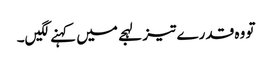
تو وہ قدرے تیز لہجے میں کہنے لگیں۔